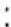
: